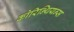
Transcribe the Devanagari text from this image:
कोरिन्थियन्स